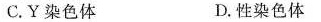
C.Y染色体 D.性染色体